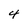
Character: 4